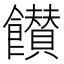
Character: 𩟪